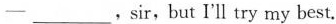
-___,sir,but I'll try my best.